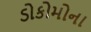
ડોકોમોના